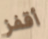
أقفز